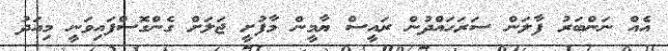
އެއް ނަންބަރު ފާލަން ސަރަހައްދުން ރައީސް ޔާމީން މާފުށީ ޖަލަށް ގެންގޮސްފައިވަނީ މިއަދު